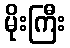
မိုးကြီး